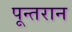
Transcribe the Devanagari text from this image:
पून्तरान